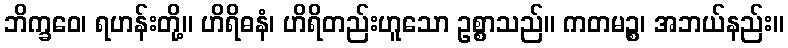
ဘိက္ခဝေ၊ ရဟန်းတို့။ ဟိရိဓနံ၊ ဟိရိတည်းဟူသော ဥစ္စာသည်။ ကတမဉ္စ၊ အဘယ်နည်း။